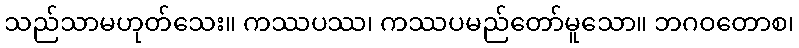
သည်သာမဟုတ်သေး။ ကဿပဿ၊ ကဿပမည်တော်မူသော။ ဘဂဝတောစ၊